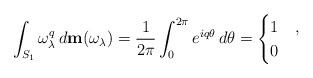
LaTeX: \begin{align*}\int_{S_1} \omega_\lambda^q \,d\mathbf{m}(\omega_\lambda)= \frac{1}{2\pi} \int_{0}^{2\pi} e^{i q \theta} \,d \theta= \begin{cases}1& ,\\0& \end{cases}\end{align*}